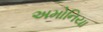
અમોનિયા